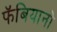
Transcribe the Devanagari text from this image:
फॅबियानो